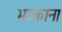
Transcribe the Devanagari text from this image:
भटकाना